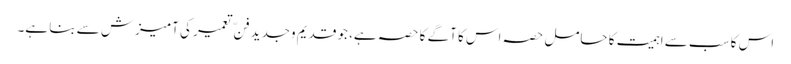
اس کا سب سے اہمیت کا حامل حصہ اس کا آگے کا حصہ ہے، جو قدیم وجدید فنّ تعمیر کی آمیزش سے بنا ہے۔